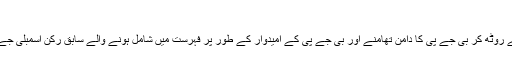
کانگریس کر رہی ہے انتخابی تیاری
ایسا لگتا ہے کہ حالیہ اسمبلی انتخابات سے چند مہینے پہلے کانگریس سے روٹھ کر بی جے پی کا دامن تھامنے اور بی جے پی کے امیدوار کے طور پر فہرست میں شامل ہونے والے سابق رکن اسمبلی جے ڈی نائک کی جلد ہی دوبارہ کانگریس میں واپسی تقریباً یقینی ہوگئی ہے۔